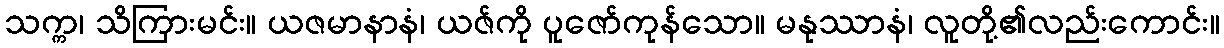
သက္က၊ သိကြားမင်း။ ယဇမာနာနံ၊ ယဇ်ကို ပူဇော်ကုန်သော။ မနုဿာနံ၊ လူတို့၏လည်းကောင်း။